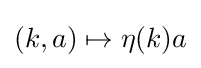
(k,a)\mapsto \eta (k)a